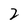
Character: 2